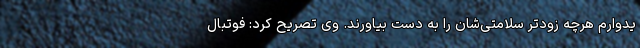
یدوارم هرچه زودتر سلامتی‌شان را به دست بیاورند. وی تصریح کرد: فوتبال